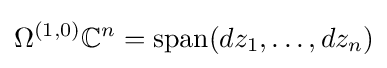
\Omega ^{(1,0)}\mathbb {C} ^{n}=\operatorname {span} (dz_{1},\dots ,dz_{n})